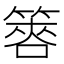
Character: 𥰫